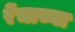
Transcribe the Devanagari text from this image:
रेंचाच्या